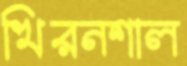
খিরনশাল